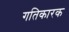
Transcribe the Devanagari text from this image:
गतिकारक